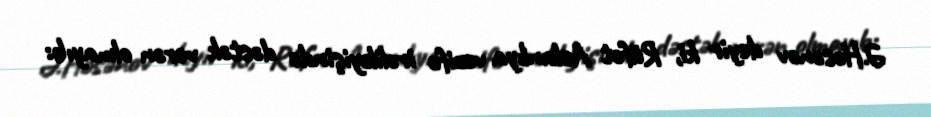
Ə.Həsənov deyir ki, Rüfət Aslanlıya vəzifə irəliləyişində dəstək verən olmayıb: